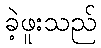
ခဲ့ဖူးသည်